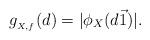
LaTeX: \begin{align*} g_{_{X,f}}(d)=|\phi_X(d\vec{1})|.\end{align*}